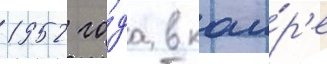
1952 го́да в каи́р'е